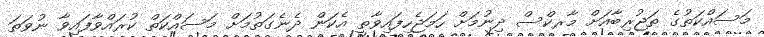
މަސައްކަތުގެ ތަޖުރިބާއަށް މާރކްސް ދިނުމަށް ހަމަޖެހިފައިވާތީ އެކަން ދެނެގަތުމަށް މަސައްކަތް ކުރައްވާފައިވާ ނުވަތަ